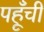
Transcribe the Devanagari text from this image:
पहूँची